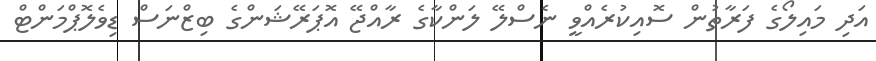
އަދި މައިލޯގެ ފަރާތުން ސޮއިކުރެއްވީ ނެސްލޭ ލަންކާގެ ރާއްޖޭ އޮޕަރޭޝަންގެ ބިޒްނަސް ޑިވެލޮޕްމަންޓް